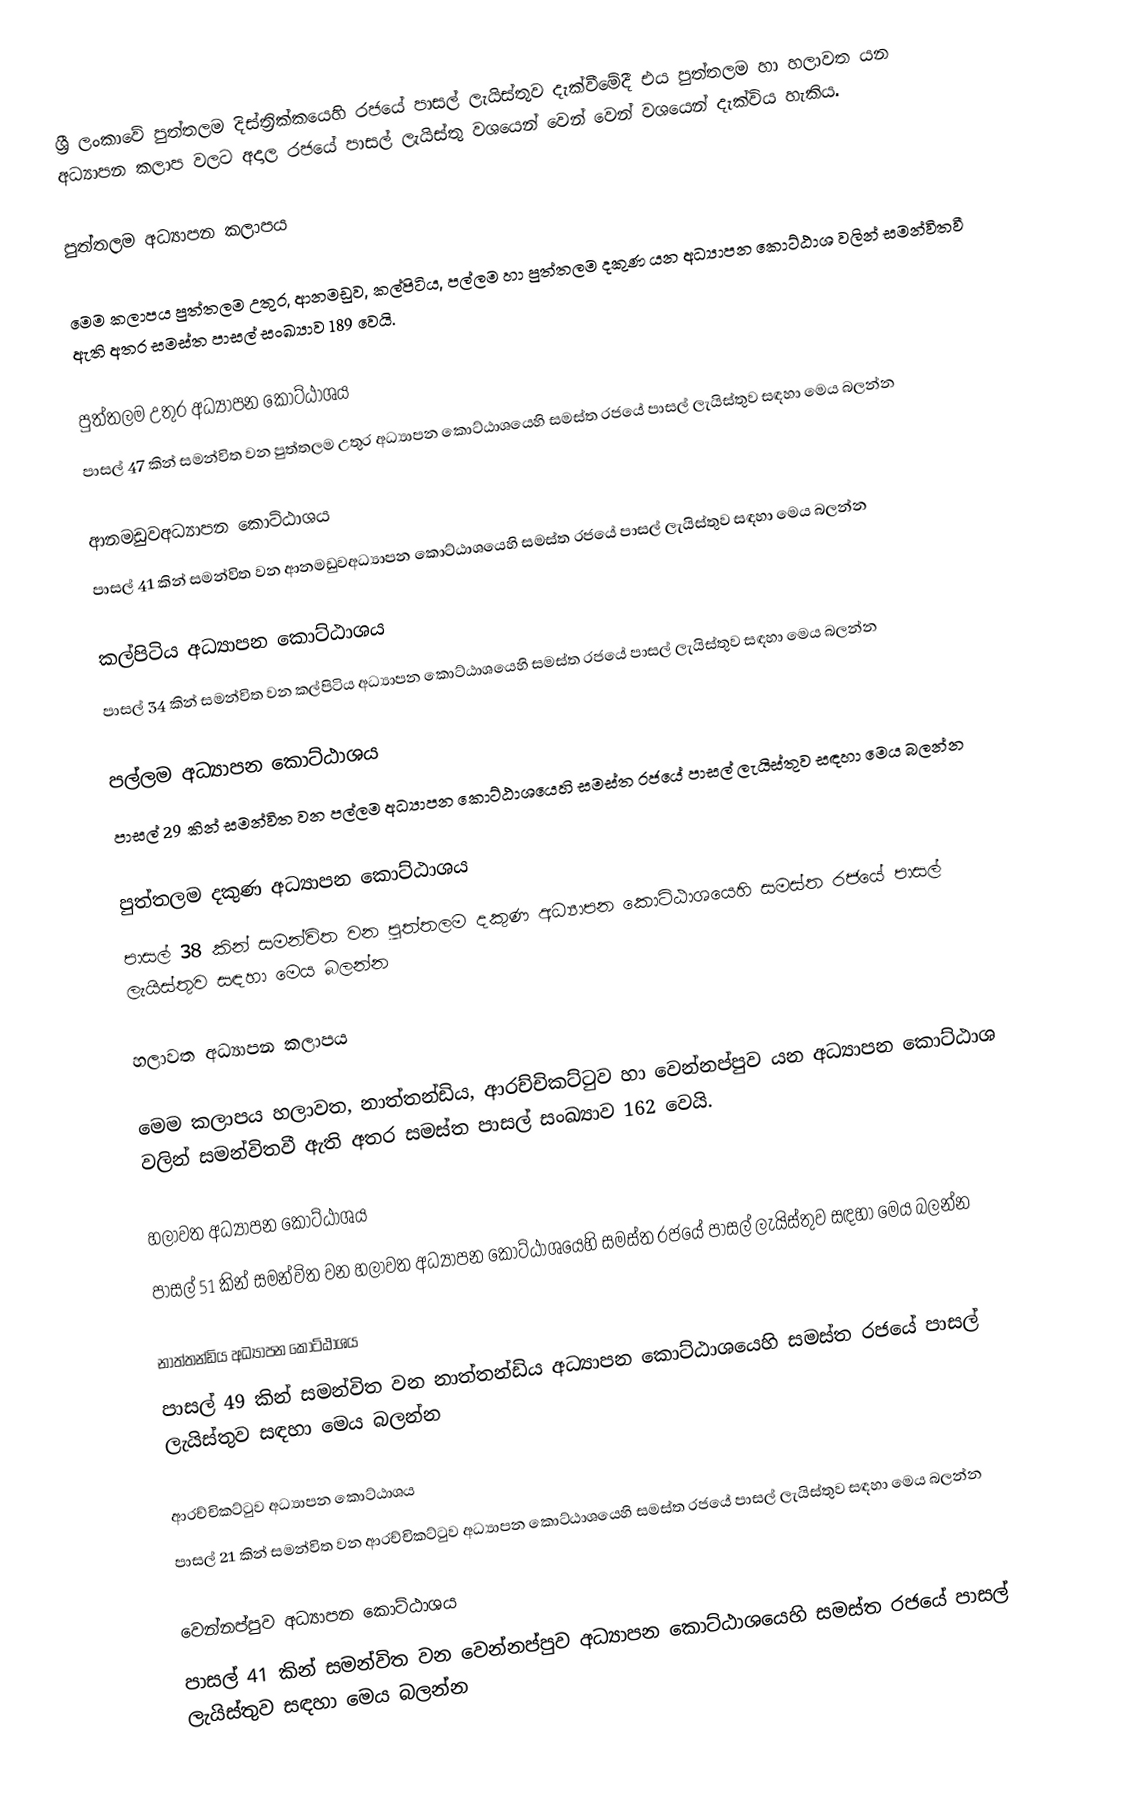
ශ්‍රී ලංකාවේ පුත්තලම දිස්ත්‍රික්කයෙහි රජයේ පාසල් ලැයිස්තුව දැක්වීමේදී එය පුත්තලම හා හලාවත  යන අධ්‍යාපන කලාප  වලට අදාල රජයේ පාසල් ලැයිස්තු වශයෙන් වෙන් වෙන් වශයෙන් දැක්විය හැකිය.

පුත්තලම අධ්‍යාපන කලාපය

මෙම කලාපය   පුත්තලම උතුර, ආනමඩුව, කල්පිටිය, පල්ලම හා පුත්තලම දකුණ යන අධ්‍යාපන කොට්ඨාශ වලින් සමන්විතවී ඇති අතර සමස්ත පාසල් සංඛ්‍යාව 189 වෙයි.

පුත්තලම උතුර අධ්‍යාපන කොට්ඨාශය
පාසල් 47 කින් සමන්විත වන පුත්තලම උතුර අධ්‍යාපන කොට්ඨාශයෙහි සමස්ත රජයේ පාසල් ලැයිස්තුව සඳහා මෙය බලන්න

ආනමඩුවඅධ්‍යාපන කොට්ඨාශය
පාසල් 41 කින් සමන්විත වන ආනමඩුවඅධ්‍යාපන කොට්ඨාශයෙහි සමස්ත රජයේ පාසල් ලැයිස්තුව සඳහා මෙය බලන්න

කල්පිටිය අධ්‍යාපන කොට්ඨාශය
පාසල් 34 කින් සමන්විත වන කල්පිටිය අධ්‍යාපන කොට්ඨාශයෙහි සමස්ත රජයේ පාසල් ලැයිස්තුව සඳහා මෙය බලන්න

පල්ලම  අධ්‍යාපන කොට්ඨාශය
පාසල් 29 කින් සමන්විත වන පල්ලම  අධ්‍යාපන කොට්ඨාශයෙහි සමස්ත රජයේ පාසල් ලැයිස්තුව සඳහා මෙය බලන්න

පුත්තලම දකුණ අධ්‍යාපන කොට්ඨාශය
පාසල් 38 කින් සමන්විත වන පුත්තලම දකුණ අධ්‍යාපන කොට්ඨාශයෙහි සමස්ත රජයේ පාසල් ලැයිස්තුව සඳහා මෙය බලන්න

හලාවත  අධ්‍යාපන කලාපය

මෙම කලාපය   හලාවත, නාත්තන්ඩිය, ආරච්චිකට්ටුව හා වෙන්නප්පුව යන අධ්‍යාපන කොට්ඨාශ වලින් සමන්විතවී ඇති අතර සමස්ත පාසල් සංඛ්‍යාව 162 වෙයි.

හලාවත අධ්‍යාපන කොට්ඨාශය
පාසල් 51 කින් සමන්විත වන හලාවත අධ්‍යාපන කොට්ඨාශයෙහි සමස්ත රජයේ පාසල් ලැයිස්තුව සඳහා මෙය බලන්න

නාත්තන්ඩිය අධ්‍යාපන කොට්ඨාශය
පාසල් 49 කින් සමන්විත වන නාත්තන්ඩිය අධ්‍යාපන කොට්ඨාශයෙහි සමස්ත රජයේ පාසල් ලැයිස්තුව සඳහා මෙය බලන්න

ආරච්චිකට්ටුව අධ්‍යාපන කොට්ඨාශය
පාසල් 21 කින් සමන්විත වන ආරච්චිකට්ටුව අධ්‍යාපන කොට්ඨාශයෙහි සමස්ත රජයේ පාසල් ලැයිස්තුව සඳහා මෙය බලන්න

වෙන්නප්පුව අධ්‍යාපන කොට්ඨාශය
පාසල් 41 කින් සමන්විත වන වෙන්නප්පුව අධ්‍යාපන කොට්ඨාශයෙහි සමස්ත රජයේ පාසල් ලැයිස්තුව සඳහා මෙය බලන්න